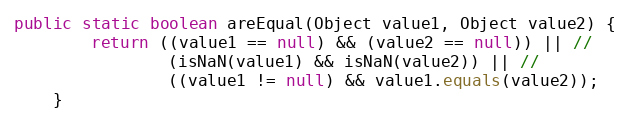
Language: Java
public static boolean areEqual(Object value1, Object value2) {
        return ((value1 == null) && (value2 == null)) || //
                (isNaN(value1) && isNaN(value2)) || //
                ((value1 != null) && value1.equals(value2));
    }